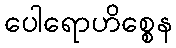
ပေါရောဟိစ္စေန